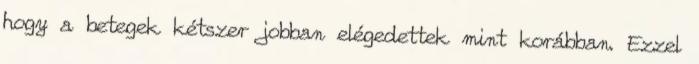
hogy a betegek kétszer jobban elégedettek mint korábban. Ezzel